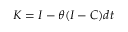
K = I - \theta ( I - C ) d t